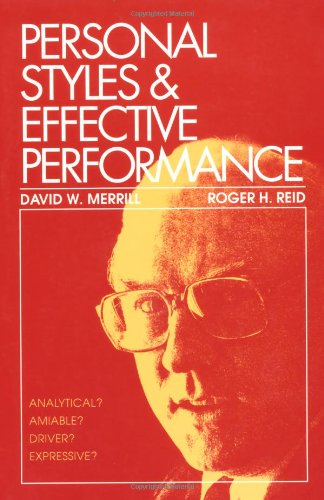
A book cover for Personal Styles & Effective Performance; David W. Merrill; Business & Money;